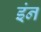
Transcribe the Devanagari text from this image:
इंन